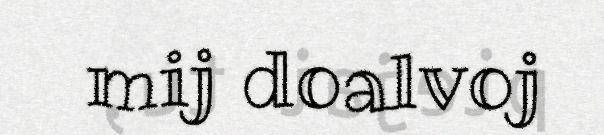
mij doalvoj